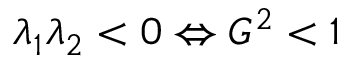
\lambda _ { 1 } \lambda _ { 2 } < 0 \Leftrightarrow G ^ { 2 } < 1